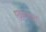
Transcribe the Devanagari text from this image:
एइन्त्रछ्त्